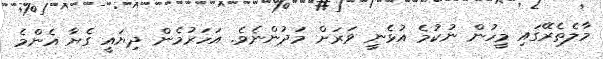
މާލެތެރޭގައި މީހުން ނުކުމެ އުޅެނީ ވަރަށް މަދުންނެވެ. އަހަރުމެން ދިޔައީ ގެޔާ އެންމެ